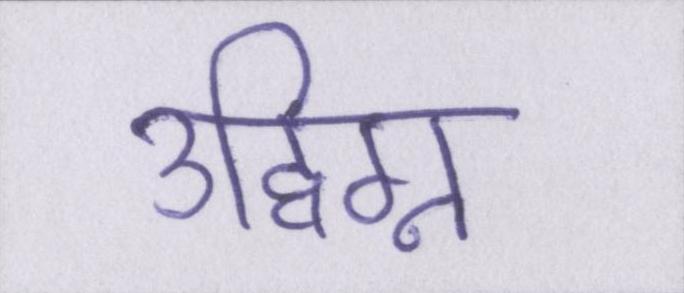
उद्विग्न